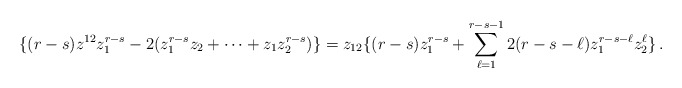
\begin{align*}\{ (r-s)z^{12}z_1^{r-s}-2(z_1^{r-s}z_2+\cdots + z_1z_2^{r-s})\}= z_{12}\{ (r-s)z_1^{r-s}+ \sum_{\ell=1}^{r-s-1} 2(r-s-\ell)z_1^{r-s-\ell}z_2^\ell\}\, .\end{align*}